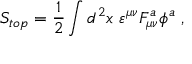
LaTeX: S _ { t o p } = \frac 1 2 \int d ^ { 2 } x \, \, \varepsilon ^ { \mu \nu } F _ { \mu \nu } ^ { a } \phi ^ { a } \; ,